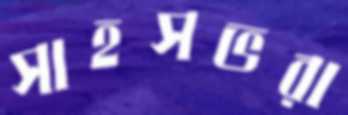
সাহসভরা